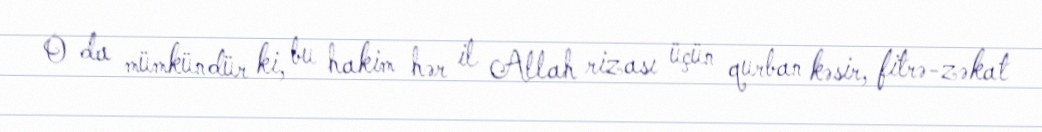
O da mümkündür ki, bu hakim hər il Allah rizası üçün qurban kəsir, fitrə-zəkat